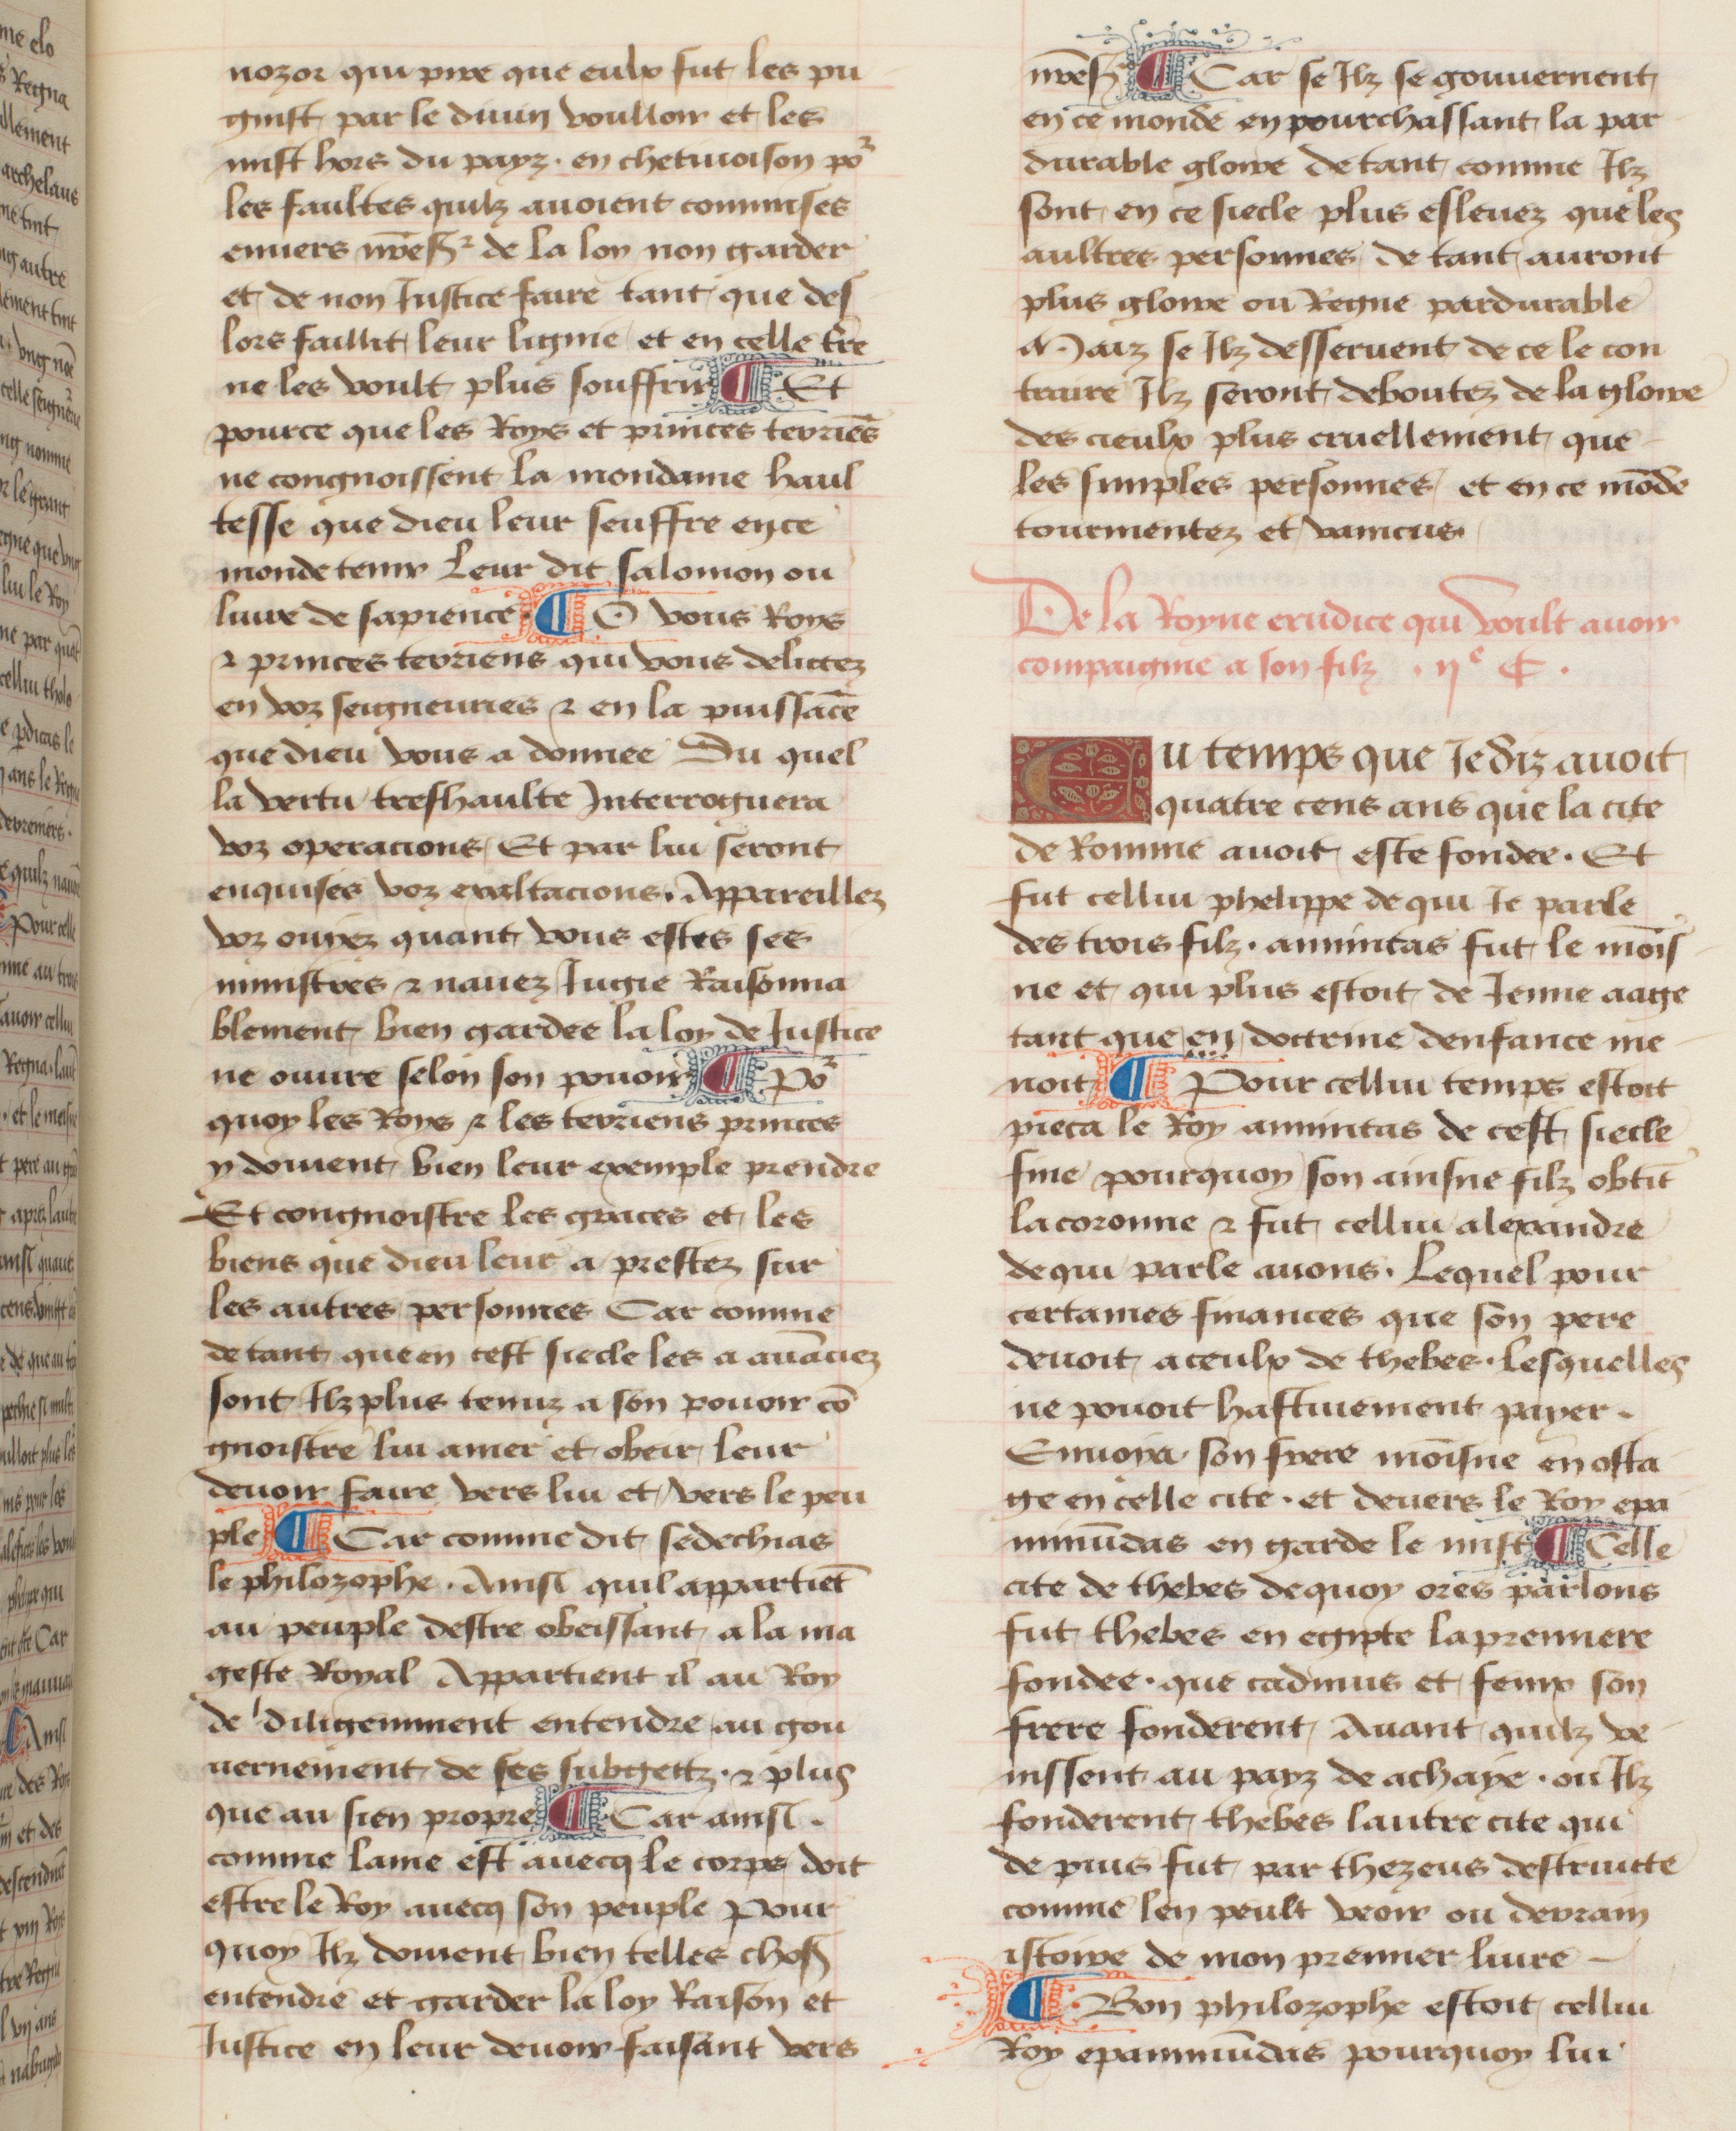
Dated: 1457–1482